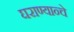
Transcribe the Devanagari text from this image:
घराण्यान्चे